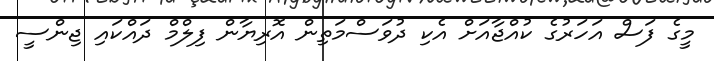
މީގެ ފަސް އަހަރުގެ ކުއްޖާއަށް އެކި ދުވަސްމަތިން އޮރިޔާން ފިލްމް ދައްކައި ޖިންސީ